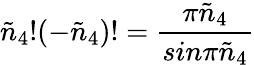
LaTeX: \tilde{n}_{4}!(-\tilde{n}_{4})!={\frac{\pi\tilde{n}_{4}}{sin\pi\tilde{n}_{4}}}